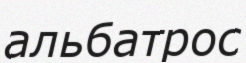
альбатрос